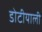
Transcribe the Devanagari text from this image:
डोटीयाली